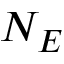
N _ { E }